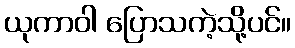
ယုကာဝါ ပြောသကဲ့သို့ပင်။